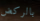
بالركض